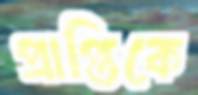
প্রাপ্তিকে